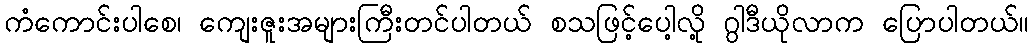
ကံကောင်းပါစေ၊ ကျေးဇူးအများကြီးတင်ပါတယ် စသဖြင့်ပေါ့လို့ ဂွါဒီယိုလာက ပြောပါတယ်။